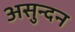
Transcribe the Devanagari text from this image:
असुन्दन